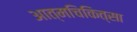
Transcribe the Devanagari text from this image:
आत्मचिकित्सा